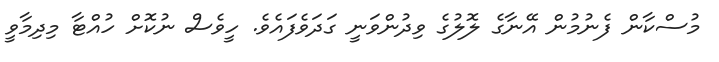
މުސްކާން ފެނުމުން އޭނާގެ ލޮލުގެ ވިދުންވަނީ ގަދަވެފައެވެ. ހީވެސް ނުކޮށް ހުއްޓާ މިދިމާވީ